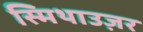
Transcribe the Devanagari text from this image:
स्मिथाउज़र